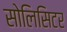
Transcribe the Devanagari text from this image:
सोलिसिटर